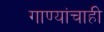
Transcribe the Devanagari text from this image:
गाण्यांचाही